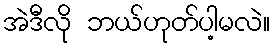
အဲဒီလို ဘယ်ဟုတ်ပါ့မလဲ။